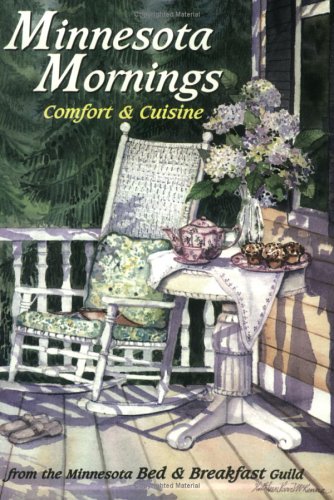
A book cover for Minnesota Mornings-Comfort & Cuisine from Minnesota's Bed & Breakfast Guild; Innkeeper members of the Minnesota Bed; Travel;